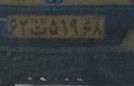
۶۳ت۵۱۹۶۸